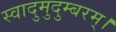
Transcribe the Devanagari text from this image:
स्वादुमुदुम्बरम्।